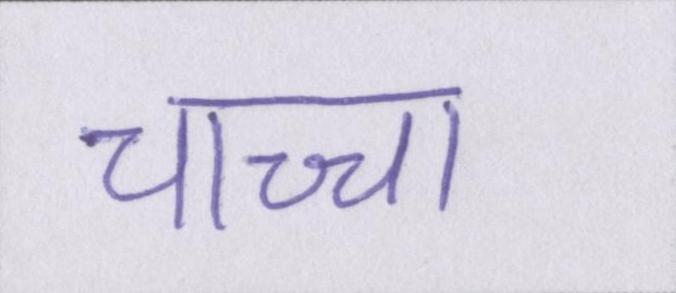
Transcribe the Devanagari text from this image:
चाच्चा